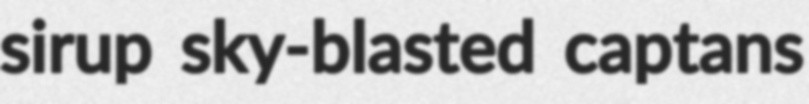
sirup sky-blasted captans